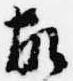
故